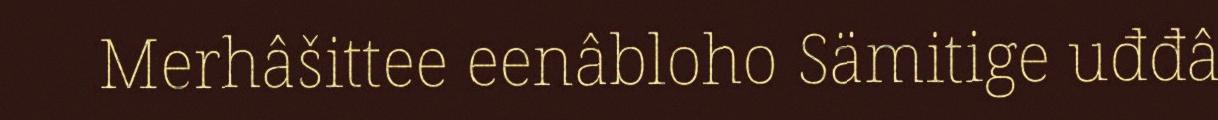
Merhâšittee eenâbloho Sämitige uđđâ